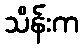
သိန်းက